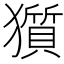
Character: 𤢽